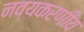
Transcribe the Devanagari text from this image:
नव्यकरणीय